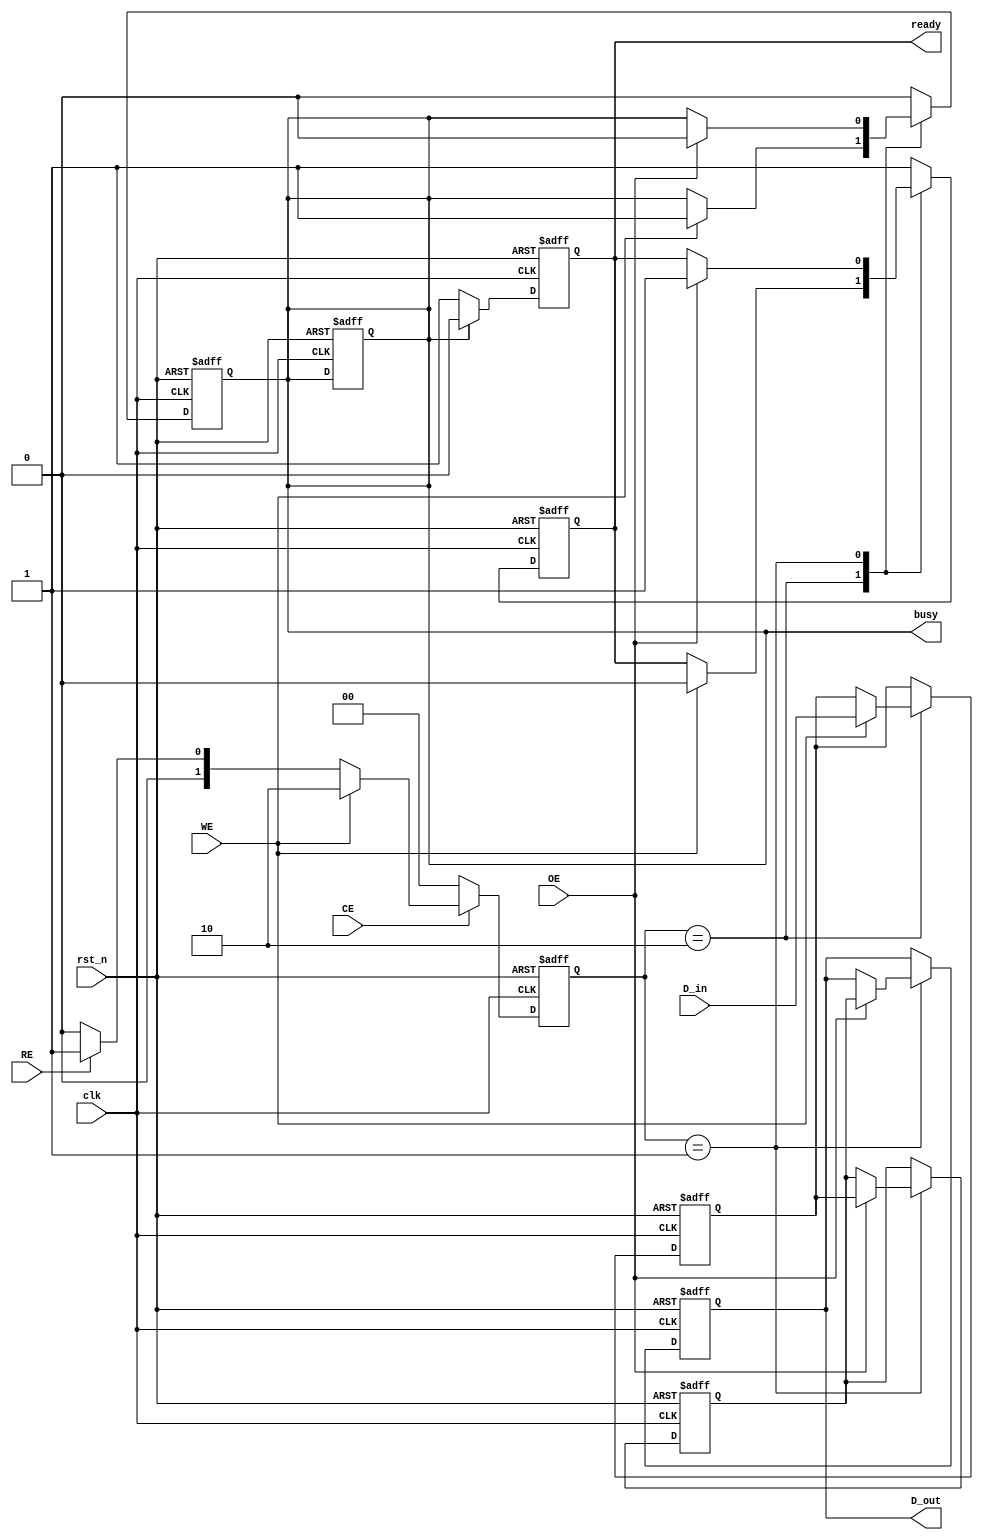
module QLC_NAND_IO_Block (
    input       wire        clk,        // System clock
    input       wire        rst_n,      // Active low reset
    input       wire        RE,         // Read Enable
    input       wire        WE,         // Write Enable
    input       wire        CE,         // Chip Enable
    input       wire        OE,         // Output Enable
    input       wire [3:0] D_in,       // Data Input (D0-D3)
    output reg [3:0] D_out,            // Data Output (D0-D3)
    output reg        ready,            // Status: Device ready
    output reg        busy              // Status: Device busy
);

// Internal signals
reg [3:0] data_latch;               // Input latch for data
reg [3:0] output_latch;             // Output latch for data
reg [1:0] command;                  // Command decoder output (00: NOP, 01: Read, 10: Write)
reg       error_flag;               // Error flag for ECC

// State encoding
localparam IDLE         = 2'b00,
           READ_CMD     = 2'b01,
           WRITE_CMD    = 2'b10,
           ERROR_STATE   = 2'b11;

// Command decoder
always @(posedge clk or negedge rst_n) begin
    if (!rst_n) begin
        command <= IDLE;
    end else if (CE) begin
        if (WE) begin
            command <= WRITE_CMD;
        end else if (RE) begin
            command <= READ_CMD;
        end else begin
            command <= IDLE;
        end
    end else begin
        command <= IDLE;
    end
end

// Data latching and output logic
always @(posedge clk or negedge rst_n) begin
    if (!rst_n) begin
        data_latch <= 4'b0000;
        output_latch <= 4'b0000;
        D_out <= 4'b0000;
        ready <= 1'b1;
        busy <= 1'b0;
    end else begin
        case (command)
            WRITE_CMD: begin
                if (WE) begin
                    data_latch <= D_in;  // Latch data for write
                    busy <= 1'b1;
                    ready <= 1'b0;
                end
            end
            READ_CMD: begin
                if (OE) begin
                    output_latch <= data_latch; // Output the latched data
                    D_out <= output_latch;
                    busy <= 1'b0;
                    ready <= 1'b1;
                end
            end
            default: begin
                busy <= 1'b0;
                ready <= 1'b1;
            end
        endcase
    end
end

// ECC and error handling (simplified)
always @(data_latch) begin
    // Implement ECC checking and correction logic here
    error_flag <= 1'b0; // Placeholder for error handling
end

// Status register logic
always @(posedge clk or negedge rst_n) begin
    if (!rst_n) begin
        ready <= 1'b1;
        busy <= 1'b0;
    end else begin
        // Status update logic based on operations
        if (busy && !error_flag) begin
            ready <= 1'b0;
        end else if (!busy) begin
            ready <= 1'b1;
        end
    end
end

endmodule